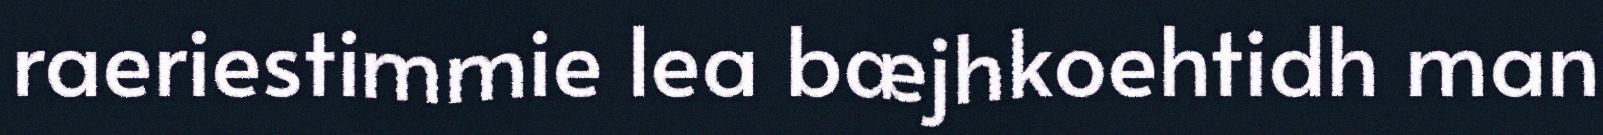
raeriestimmie lea bæjhkoehtidh man